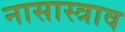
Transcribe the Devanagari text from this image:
नासास्त्राव